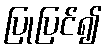
ပြုပြင်၍